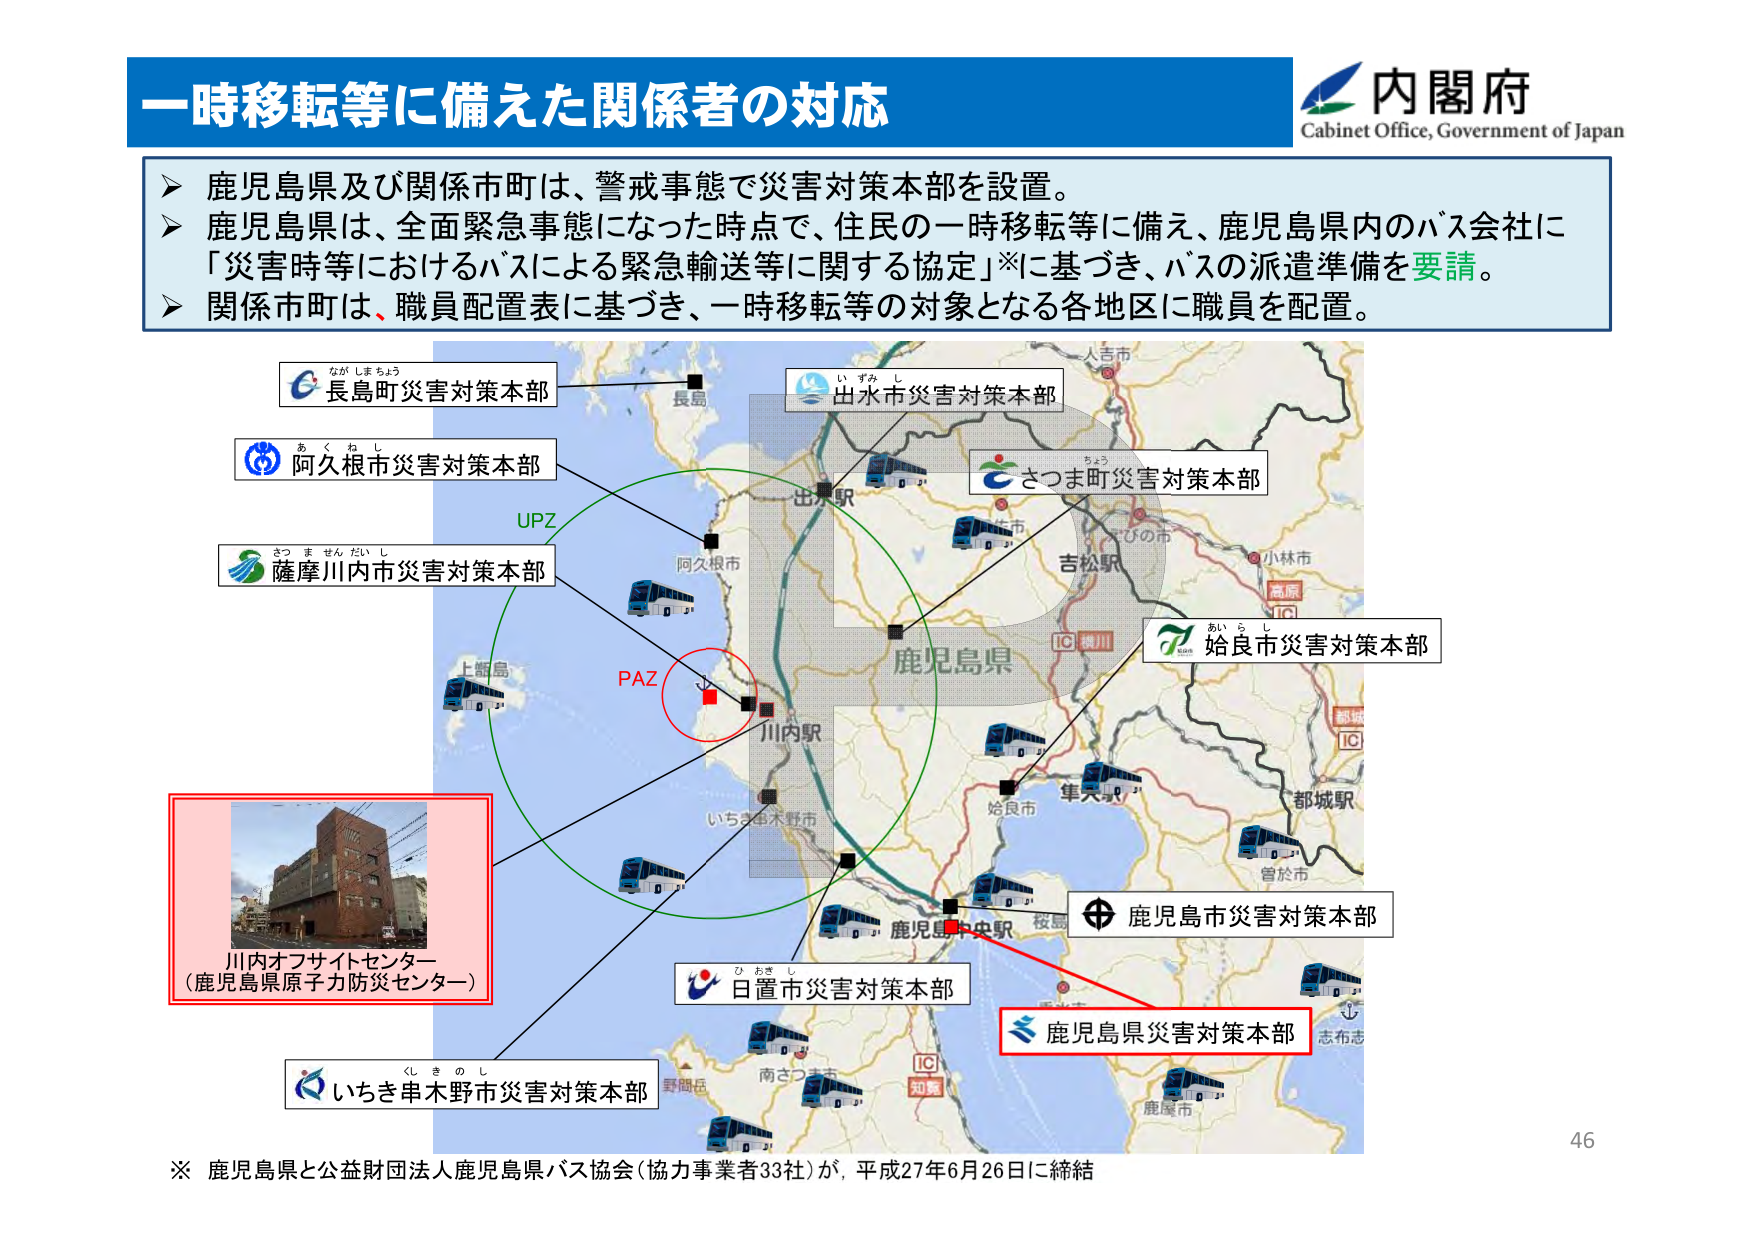
一時移転等に備えた関係者の対応

内閣府
Cabinet Office, Government of Japan

➤ 鹿児島県及び関係市町は、警戒事態で災害対策本部を設置。
➤ 鹿児島県は、全面緊急事態になった時点で、住民の一時移転等に備え、鹿児島県内のバス会社に「災害時等におけるバスによる緊急輸送等に関する協定」※に基づき、バスの派遣準備を要請。
➤ 関係市町は、職員配置表に基づき、一時移転等の対象となる各地区に職員を配置。

ながしまちょう
長島町災害対策本部

い ずみ し
出水市災害対策本部

あ く ね し
阿久根市災害対策本部

さつ ま せん だい し
薩摩川内市災害対策本部

ちょう
さつま町災害対策本部

あい ら し
姶良市災害対策本部

UPZ

PAZ

川内駅

鹿児島県

いちはら木野市

鹿児島中央駅

鹿児島市災害対策本部

ひ おき し
日置市災害対策本部

鹿児島県災害対策本部

く き の し
いちき串木野市災害対策本部

川内オフサイトセンター
（鹿児島県原子力防災センター）

※ 鹿児島県と公益財団法人鹿児島県バス協会（協力事業者33社）が、平成27年6月26日に締結

46